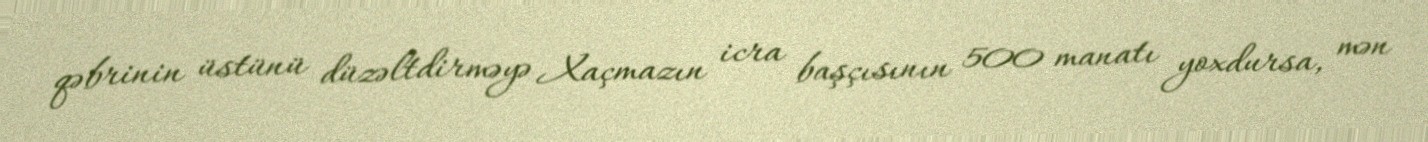
qəbrinin üstünü düzəltdirməyə Xaçmazın icra başçısının 500 manatı yoxdursa, mən